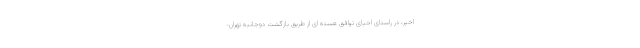
اخیر، در راستای احیای توافق هسته ای از طریق بازگشت دوجانبه تهران-